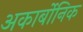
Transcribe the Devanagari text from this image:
अकार्बोनिक